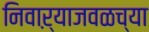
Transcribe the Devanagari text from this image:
निवाऱ्याजवळच्या